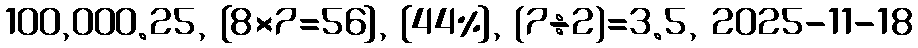
100,000.25, [8×7=56], {44%}, (7÷2)=3.5, 2025-11-18